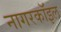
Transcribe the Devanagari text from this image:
नागरकॉइल